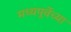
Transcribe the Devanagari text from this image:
मध्यपूर्वेच्या